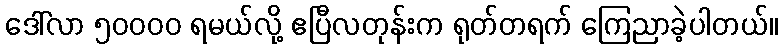
ဒေါ်လာ ၅၀၀၀၀ ရမယ်လို့ ဧပြီလတုန်းက ရုတ်တရက် ကြေညာခဲ့ပါတယ်။